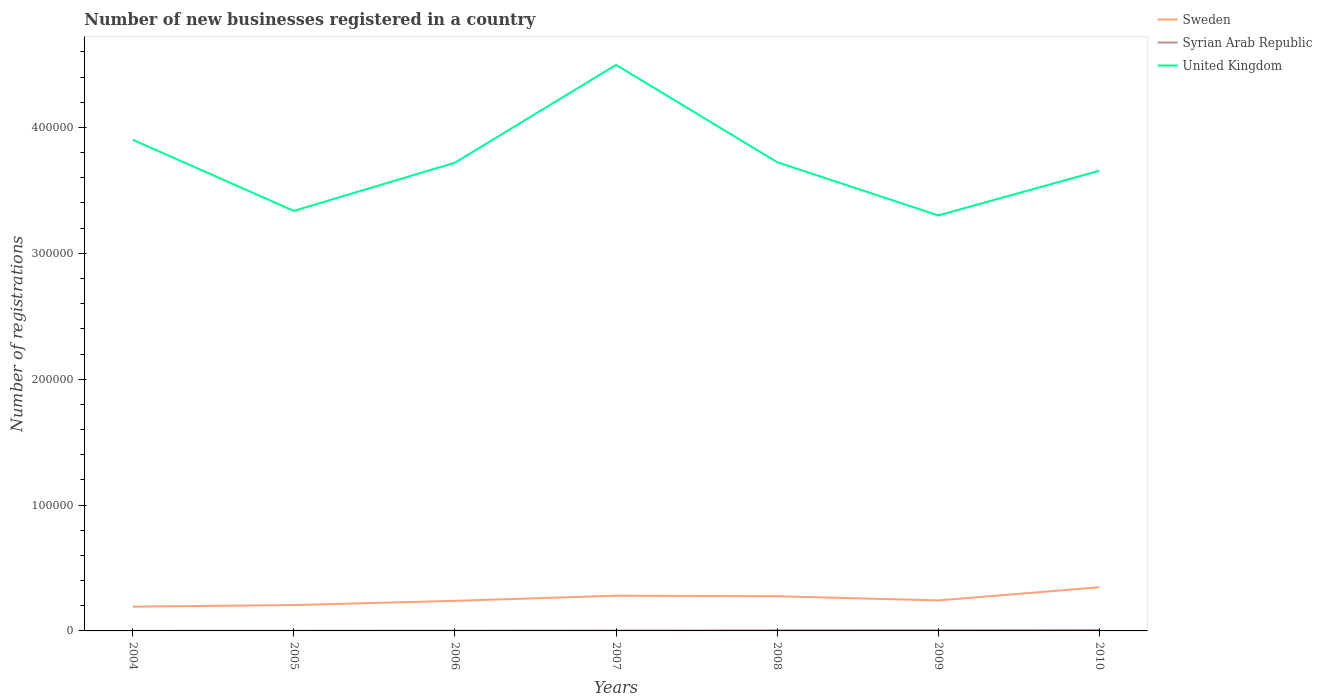
| Years | Sweden | Syrian Arab Republic | United Kingdom |
 | --- | --- | --- | --- |
 | 2004 | 1.93e+04 | 59 | 3.9e+05 |
 | 2005 | 2.06e+04 | 114 | 3.34e+05 |
 | 2006 | 2.39e+04 | 171 | 3.72e+05 |
 | 2007 | 2.8e+04 | 296 | 4.5e+05 |
 | 2008 | 2.76e+04 | 472 | 3.72e+05 |
 | 2009 | 2.42e+04 | 500 | 3.3e+05 |
 | 2010 | 3.47e+04 | 713 | 3.66e+05 |